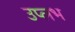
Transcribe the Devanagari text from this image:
उप्लभ